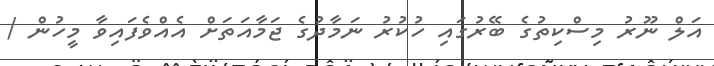
އަލް ނޫރު މިސްކިތުގެ ބޭރުގައި ހުކުރު ނަމާދުގެ ޖަމާއަތަށް އެއްވެފައިވާ މީހުން /